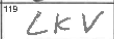
Transcription: LKV